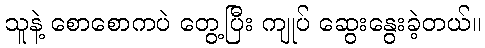
သူနဲ့ စောစောကပဲ တွေ့ပြီး ကျုပ် ဆွေးနွေးခဲ့တယ်။